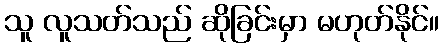
သူ လူသတ်သည် ဆိုခြင်းမှာ မဟုတ်နိုင်။